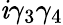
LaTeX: \mathit{i}\gamma_{3}\gamma_{4}